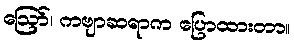
ဪ၊ ကဗျာဆရာက ပြောထားတာ။